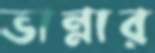
ভান্নার